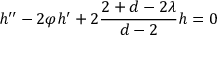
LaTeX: h ^ { \prime \prime } - 2 \varphi h ^ { \prime } + 2 \frac { 2 + d - 2 \lambda } { d - 2 } h = 0